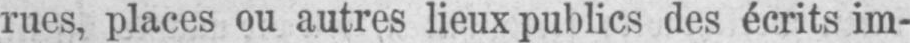
rues, places ou autres lieux publics des écrits im-